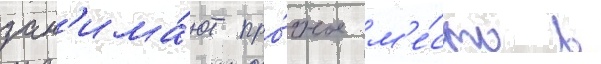
зан'има́ют про́чное м'е́сто в